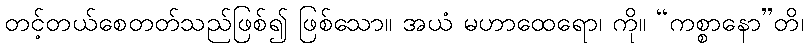
တင့်တယ်စေတတ်သည်ဖြစ်၍ ဖြစ်သော။ အယံ မဟာထေရော၊ ကို။ “ကစ္စာနော”တိ၊